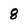
Character: 8